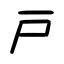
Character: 戸